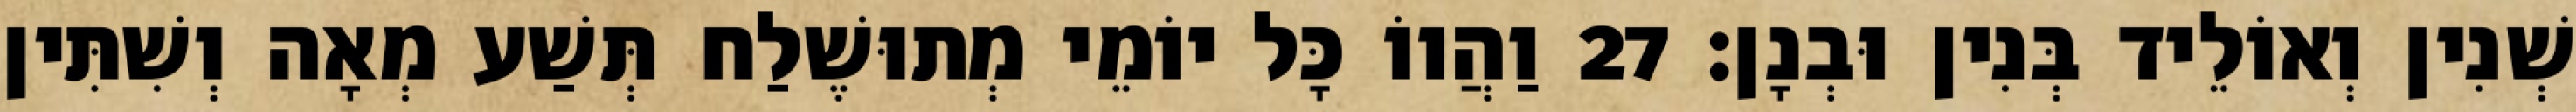
שְׁנִין וְאוֹלֵיד בְּנִין וּבְנָן׃ 27 וַהֲווֹ כָּל יוֹמֵי מְתוּשֶׁלַח תְּשַׁע מְאָה וְשִׁתִּין